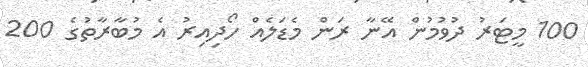
100 މީޓަރު ދުވުމުން އޭނާ ރަން މެޑަލެއް ހޯދިއިރު އެ މުބާރާތުގެ 200